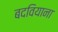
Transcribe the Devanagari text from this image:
बदवियाना